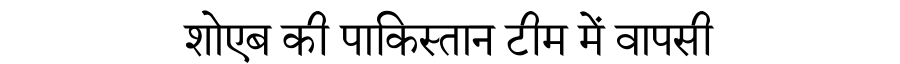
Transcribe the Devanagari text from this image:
शोएब की पाकिस्तान टीम में वापसी